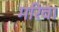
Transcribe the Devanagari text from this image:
मरिवा